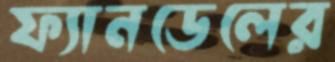
ফ্যানডেলের